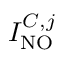
I _ { \mathrm { N O } } ^ { C , j }